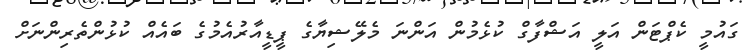
ގައުމީ ކެޕްޓަން އަލީ އަޝްފާގް ކުޅެމުން އަންނަ މެލޭޝިޔާގެ ޕީޑީއާރުއެމުގެ ބައެއް ކުޅުންތެރިންނަށް